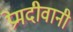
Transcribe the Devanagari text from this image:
प्रेमदीवानी